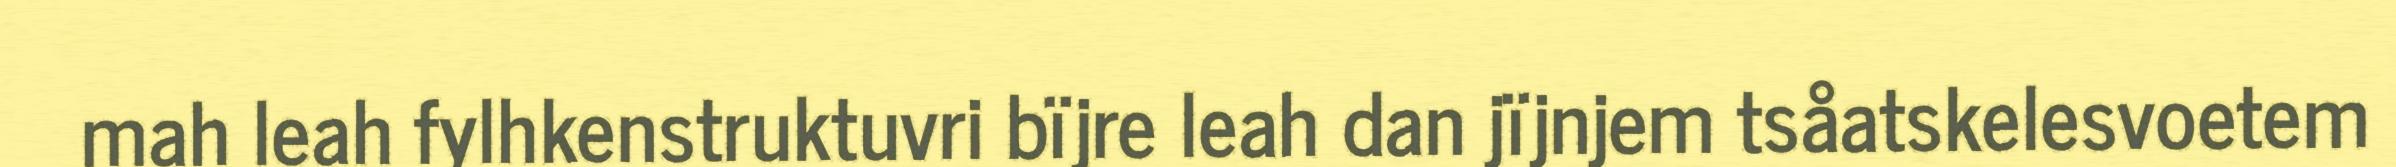
mah leah fylhkenstruktuvri bïjre leah dan jïjnjem tsåatskelesvoetem